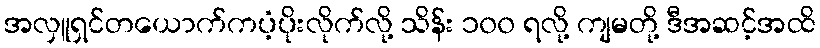
အလှူရှင်တယောက်ကပံ့ပိုးလိုက်လို့ သိန်း ၁၀၀ ရလို့ ကျမတို့ ဒီအဆင့်အထိ